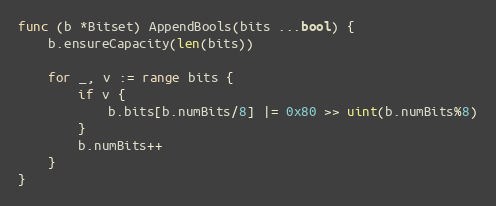
Language: Go
func (b *Bitset) AppendBools(bits ...bool) {
	b.ensureCapacity(len(bits))

	for _, v := range bits {
		if v {
			b.bits[b.numBits/8] |= 0x80 >> uint(b.numBits%8)
		}
		b.numBits++
	}
}